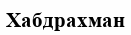
Хабдрахман